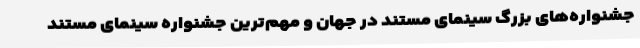
جشنواره‌های بزرگ سینمای مستند در جهان و مهم‌ترین جشنواره سینمای مستند